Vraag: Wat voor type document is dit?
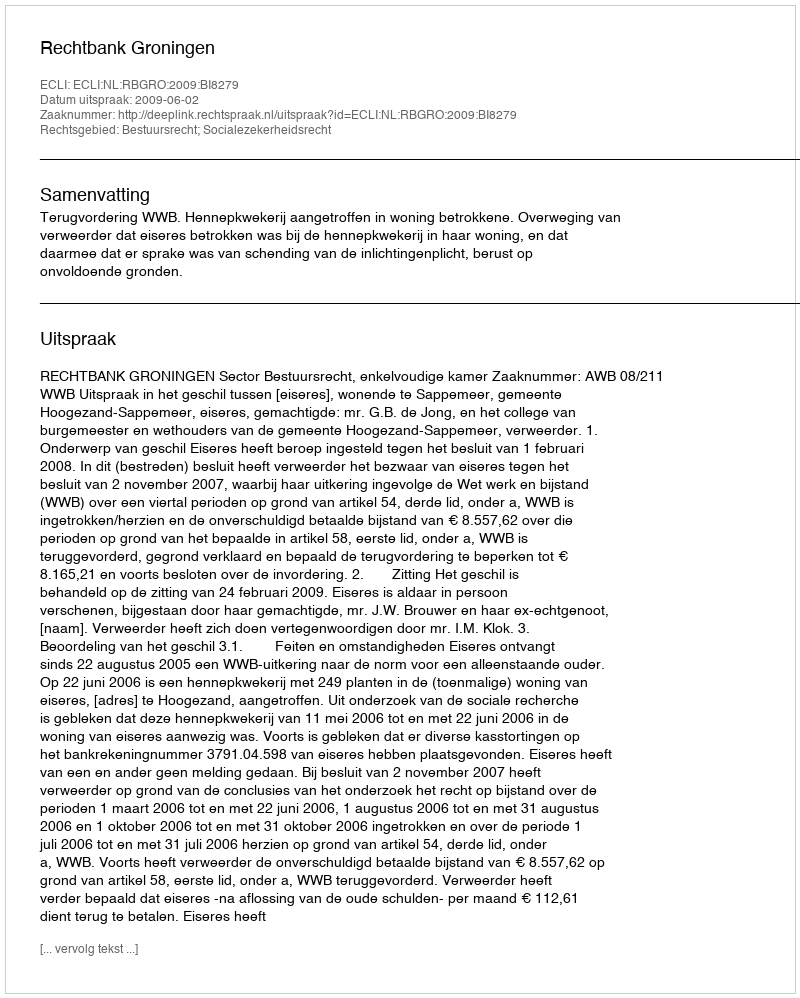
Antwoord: Uitspraak